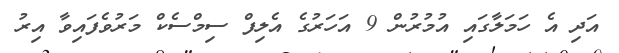
އަދި އެ ހަމަލާގައި އުމުރުން 9 އަހަރުގެ އެލިފް ސިމްސެކް މަރުވެފައިވާ އިރު